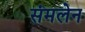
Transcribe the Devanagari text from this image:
संमलेन